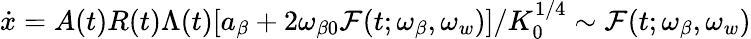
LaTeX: \dot{x}=A(t)R(t)\Lambda(t)[a_{\beta}+2\omega_{\beta 0}\mathcal{F}(t;\omega_{\beta},\omega_{w})]/K_{0}^{1/4}\sim\mathcal{F}(t;\omega_{\beta},\omega_{w})